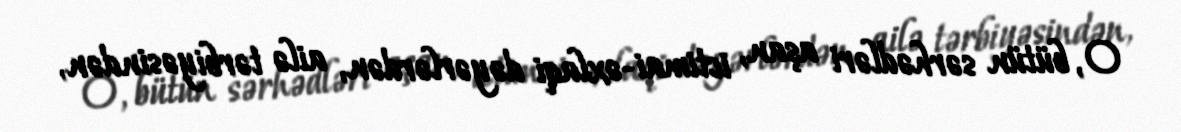
O, bütün sərhədləri aşan, ictimai-əxlaqi dəyərlərdən, ailə tərbiyəsindən,